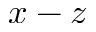
x - z